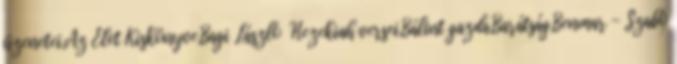
üzenetei,Az Élet Kiskönyve,Bagi László Hezekiah versei,Bálint gazda,Barátság,Benmar - Szabó